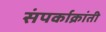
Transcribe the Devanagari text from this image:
संपर्काक्रांती